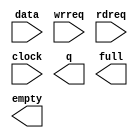
//Copyright (C) 1991-2004 Altera Corporation
//Any  megafunction  design,  and related netlist (encrypted  or  decrypted),
//support information,  device programming or simulation file,  and any other
//associated  documentation or information  provided by  Altera  or a partner
//under  Altera's   Megafunction   Partnership   Program  may  be  used  only
//to program  PLD  devices (but not masked  PLD  devices) from  Altera.   Any
//other  use  of such  megafunction  design,  netlist,  support  information,
//device programming or simulation file,  or any other  related documentation
//or information  is prohibited  for  any  other purpose,  including, but not
//limited to  modification,  reverse engineering,  de-compiling, or use  with
//any other  silicon devices,  unless such use is  explicitly  licensed under
//a separate agreement with  Altera  or a megafunction partner.  Title to the
//intellectual property,  including patents,  copyrights,  trademarks,  trade
//secrets,  or maskworks,  embodied in any such megafunction design, netlist,
//support  information,  device programming or simulation file,  or any other
//related documentation or information provided by  Altera  or a megafunction
//partner, remains with Altera, the megafunction partner, or their respective
//licensors. No other licenses, including any licenses needed under any third
//party's intellectual property, are provided herein.

module fifo512_cyclone (
	data,
	wrreq,
	rdreq,
	clock,
	q,
	full,
	empty);

	input	[7:0]  data;
	input	  wrreq;
	input	  rdreq;
	input	  clock;
	output	[7:0]  q;
	output	  full;
	output	  empty;

endmodule